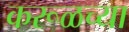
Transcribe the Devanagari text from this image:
करूळच्या